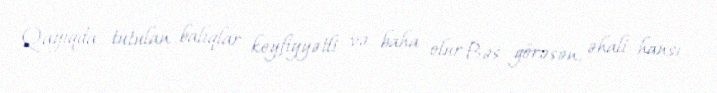
Qayıqda tutulan balıqlar keyfiyyətli və baha olur Bəs görəsən, əhali hansı